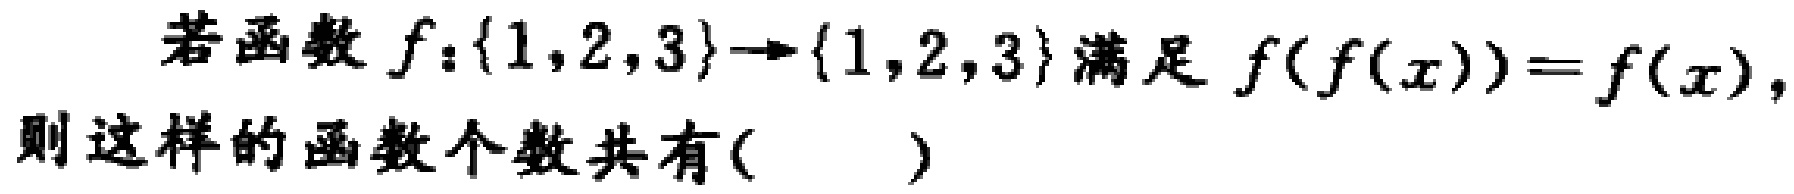
若函数\(f:\{1,2,3\}\to\{1,2,3\}\)满足\(f(f(x)) = f(x)\)，则这样的函数个数共有( )